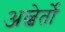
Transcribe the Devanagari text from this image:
अल्बेर्तो